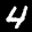
Label: 4